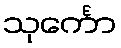
သုင်္ကော